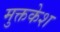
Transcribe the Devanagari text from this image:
मुक्तकेश